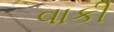
વાકી